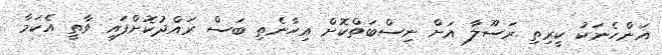
އަންހެނަކު ކީރިިތި ރަސޫލާ އަށް ނިސްބަތްކޮށް އިހާނެތި ބަސް ރައްދުކޮށްފައި ވާތީ އެކަމާ